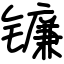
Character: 镰